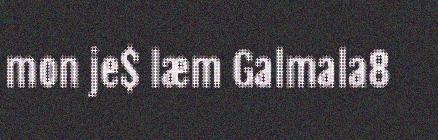
mon je$ læm Galmala8